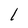
Character: 1